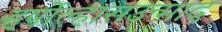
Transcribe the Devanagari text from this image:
हर्षोल्हासउन्माद